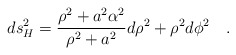
\begin{align*}ds^2_H={{\rho^2 +a^2\alpha^2} \over {\rho^2+a^2}} d\rho^2 +\rho^2 d\phi^2~~~.\end{align*}